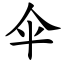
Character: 伞